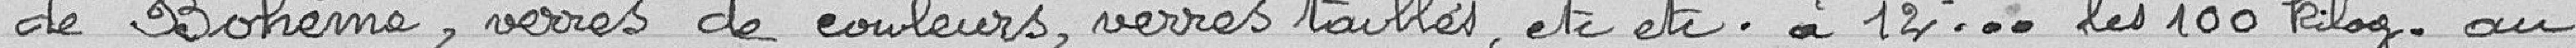
de Bohême, verres de couleurs, verres taillés, etc. etc. à 12,00 francs les 100 kilogrammes au